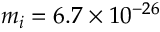
m _ { i } = 6 . 7 \times 1 0 ^ { - 2 6 }